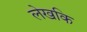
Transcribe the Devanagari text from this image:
लेखकि